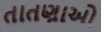
તાતણાઓ